65_HS1-834228961_62-HQ-83894_Section_4
Agency: FBI
Page 100
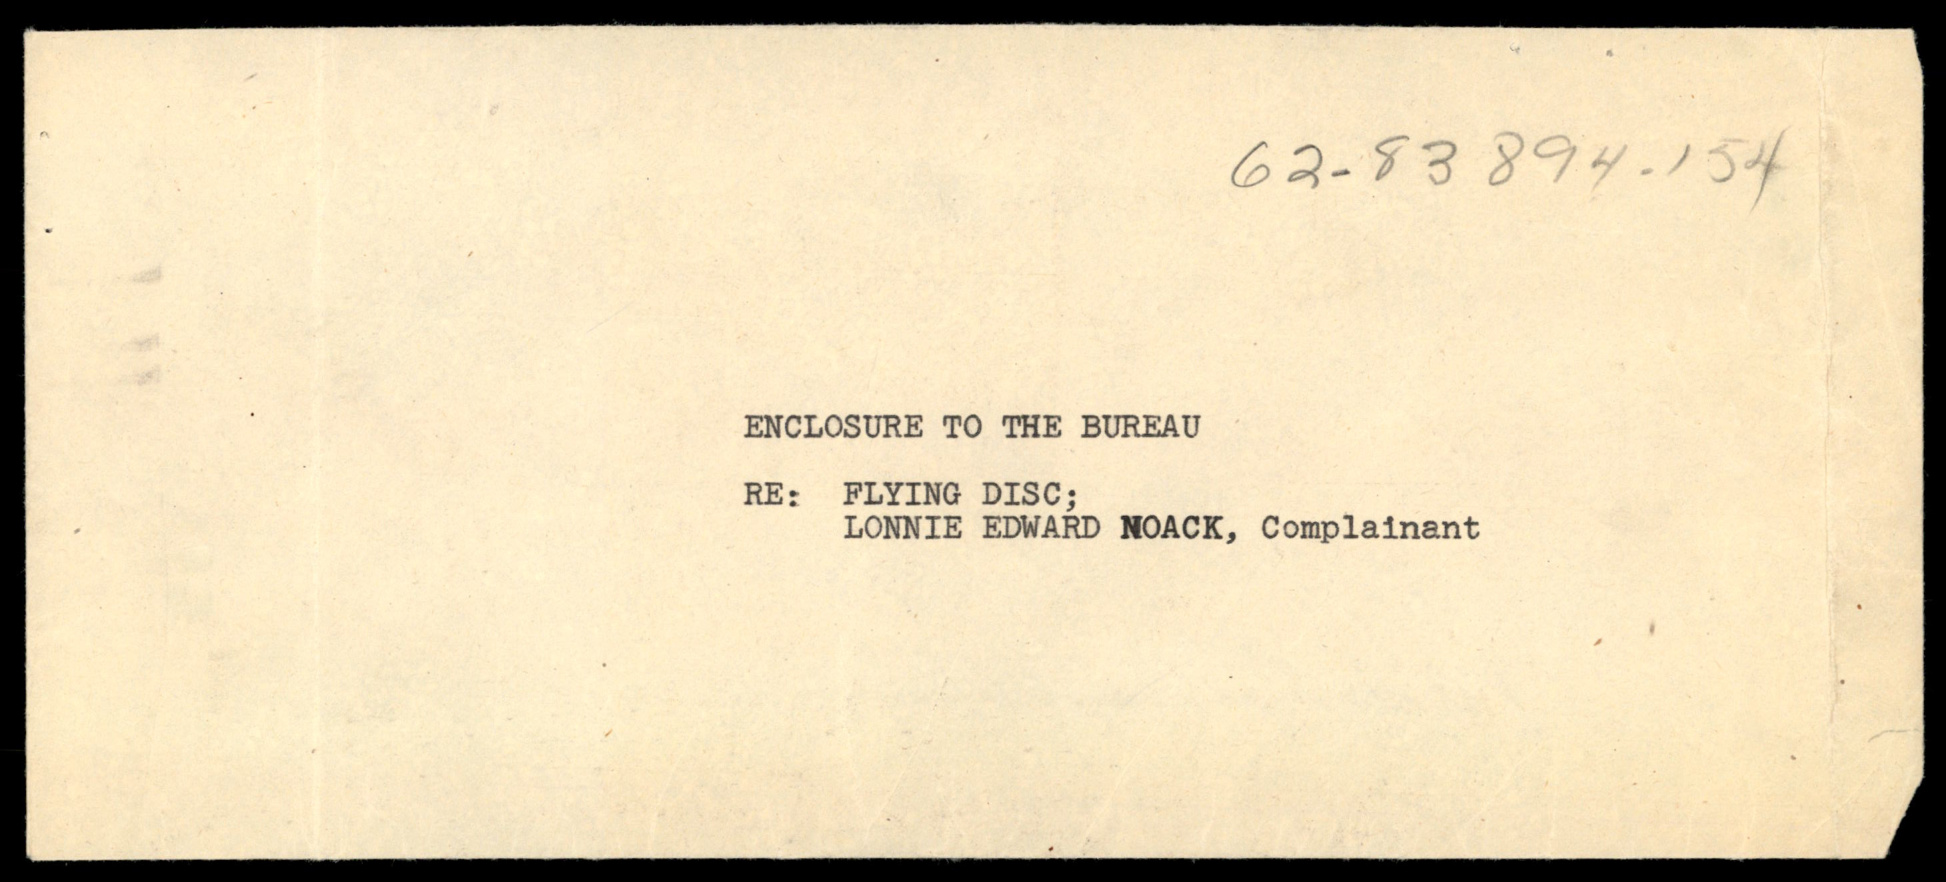